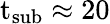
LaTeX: \mathrm{{t}_{sub}\approx 20}